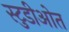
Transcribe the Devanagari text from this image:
स्टुडीओत